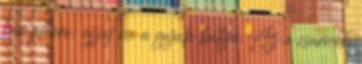
kamphore: ajjjaj na a gyula bátyó. Az a csarnok